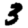
Digit: 3